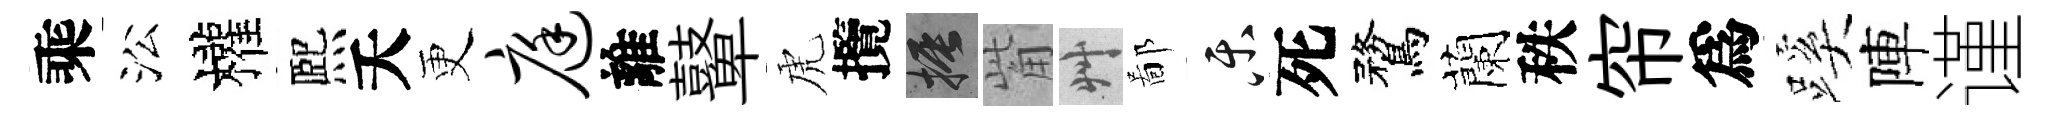
乘㳂權熈夭更庭離鼙虎攬振觜艸鄙乐死鶩蘭秩帘爲蹊陣谨